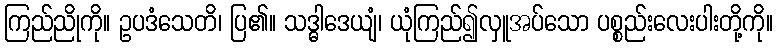
ကြည်ညိုကို။ ဥပဒံသေတိ၊ ပြ၏။ သဒ္ဓါဒေယျံ၊ ယုံကြည်၍လှူအပ်သော ပစ္စည်းလေးပါးတို့ကို။